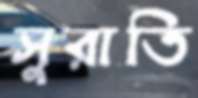
সুরাতি